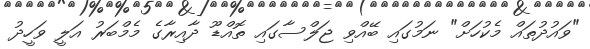
"ވައުދުތައް މެކުހަށް" ނަމުގައި ބޭއްވި ޖަލްސާގައި ތޮއްޑޫ ދާއިރާގެ މެމްބަރު އަލީ ވަހީދު